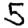
Digit: 5